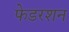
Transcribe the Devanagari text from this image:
फेडरशन